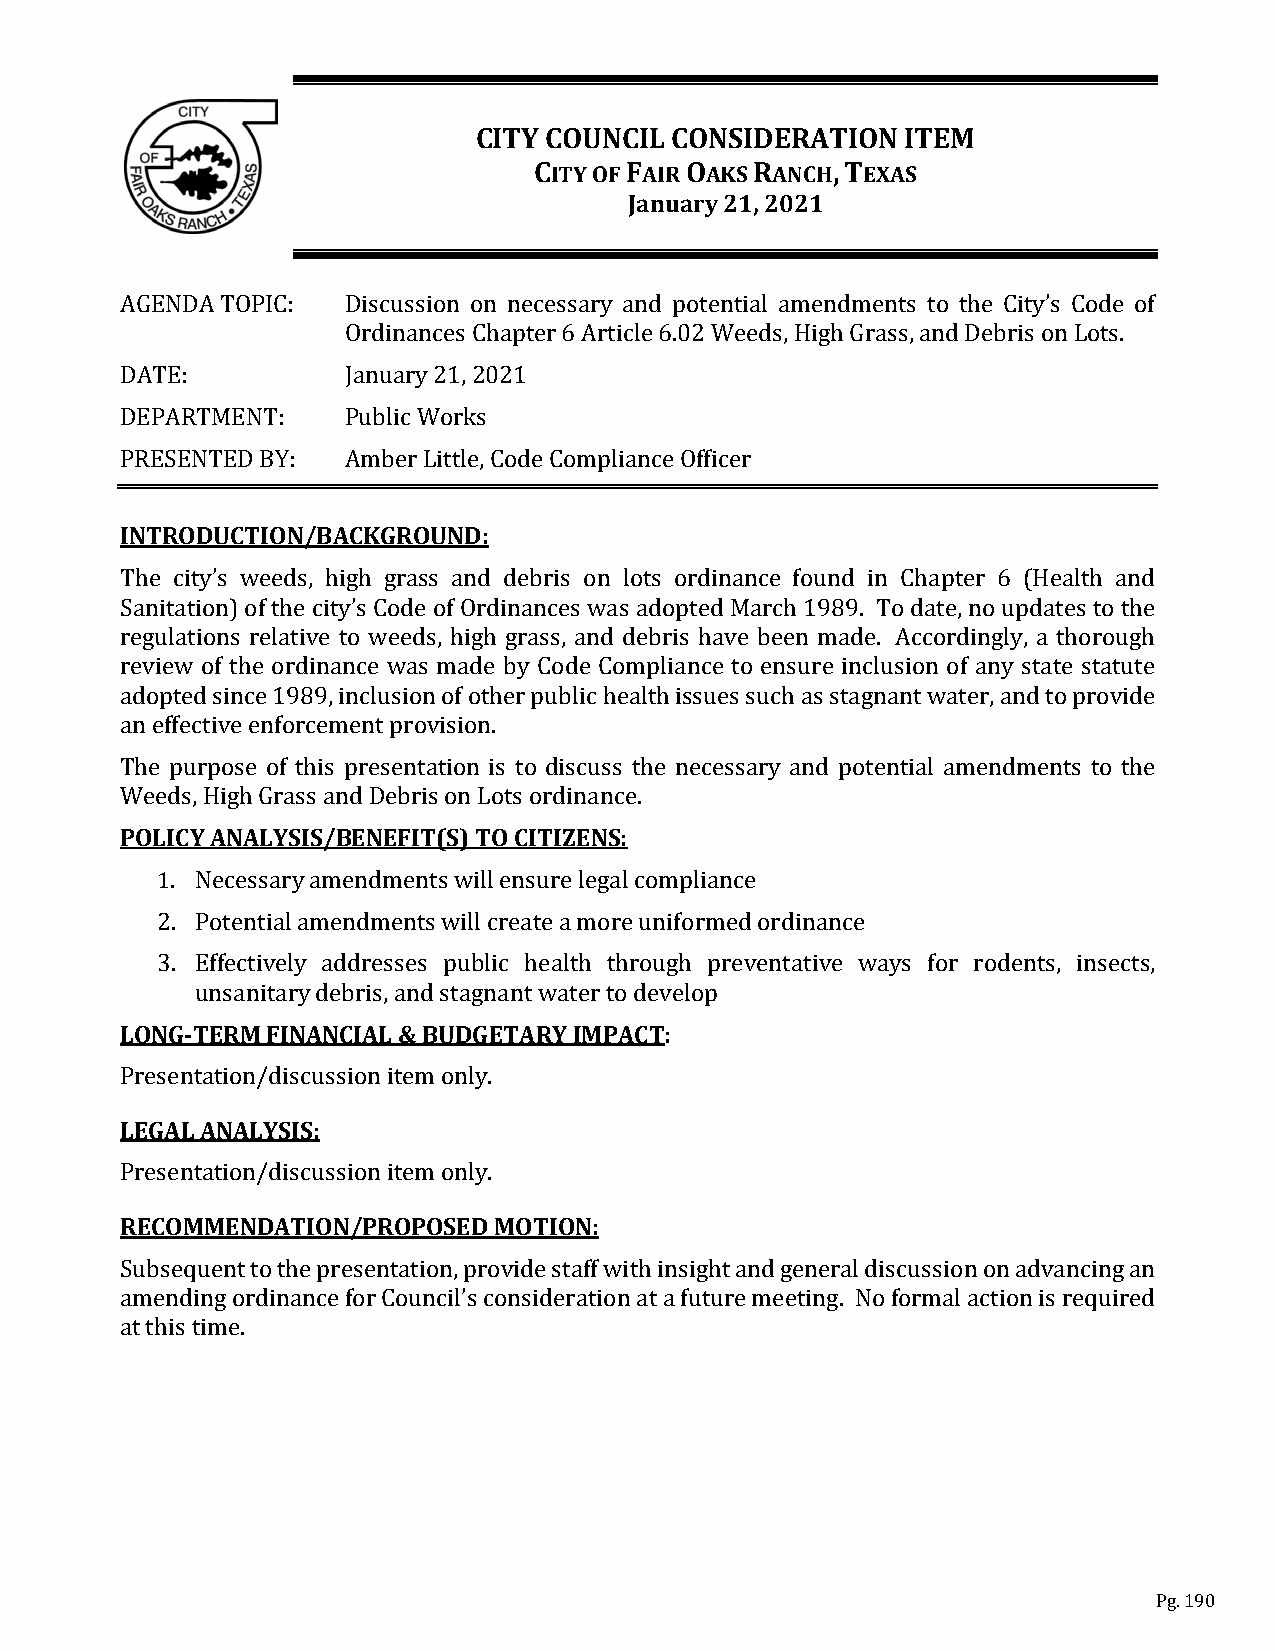
CITY COUNCIL CONSIDERATION  ITEM
 CITY OF FAIR OAKS RANCH, TEXAS
 January 21, 2021
 AGENDA TOPIC:  Discussion on necessary and potential amendments to the City’s Code of
 Ordinances Chapter 6 Article 6.02 Weeds, High Grass, and Debris on Lots.
 DATE:          January 21, 2021
 DEPARTMENT:    Public Works
 PRESENTED BY:  Amber Little, Code Compliance Officer
 INTRODUCTION/BACKGROUND:
 The city’s weeds, high grass and debris on lots ordinance found in Chapter 6 (Health and
 Sanitation) of the city’s Code of Ordinances was adopted March 1989. To date, no updates to the
 regulations relative to weeds, high grass, and debris have been made. Accordingly, a thorough
 review of the ordinance was made by Code Compliance to ensure inclusion of any state statute
 adopted since 1989, inclusion of other public health issues such as stagnant water, and to provide
 an effective enforcement provision.
 The purpose of this presentation is to discuss the necessary and potential amendments to the
 POLICY ANALYSIS/BENEFIT(S) TO CITIZENS:
 Weeds, High Grass and Debris on Lots ordinance.
 1. Necessary amendments will ensure legal compliance
 2. Potential amendments will create a more uniformed ordinance
 3. Effectively addresses public health through preventative ways for rodents, insects,
 LONG-TERM FINANCIAL & BUDGETARY IMPACT:
 unsanitary debris, and stagnant water to develop
 PLEreGsAenLt AatNioAnL/YdSisIScu: ssion item only.
 PRrEeCsOenMtaMtiEoNnD/dAisTcIuOsNsi/oPnR itOePmO oSnElDy. MOTION:
 Subsequent to the presentation, provide staff with insight and general discussion on advancing an
 amending ordinance for Council’s consideration at a future meeting. No formal action is required
 at this time.
 Pg. 190